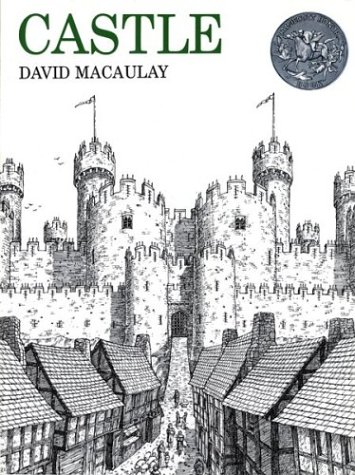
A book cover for Castle; David Macaulay; Children's Books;